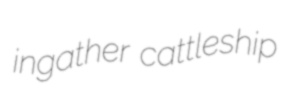
ingather cattleship